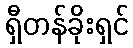
ရှီတန်ခိုးရှင်